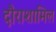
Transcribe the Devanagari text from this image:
दौराशामिल